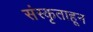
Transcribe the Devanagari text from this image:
संस्कृताहून